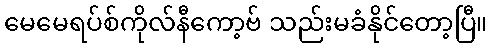
မေမေရပ်စ်ကိုလ်နီကော့ဗ် သည်းမခံနိုင်တော့ပြီ။